Leaving Certificate Examination (including Day School Certificate (Higher) General paper), 1939
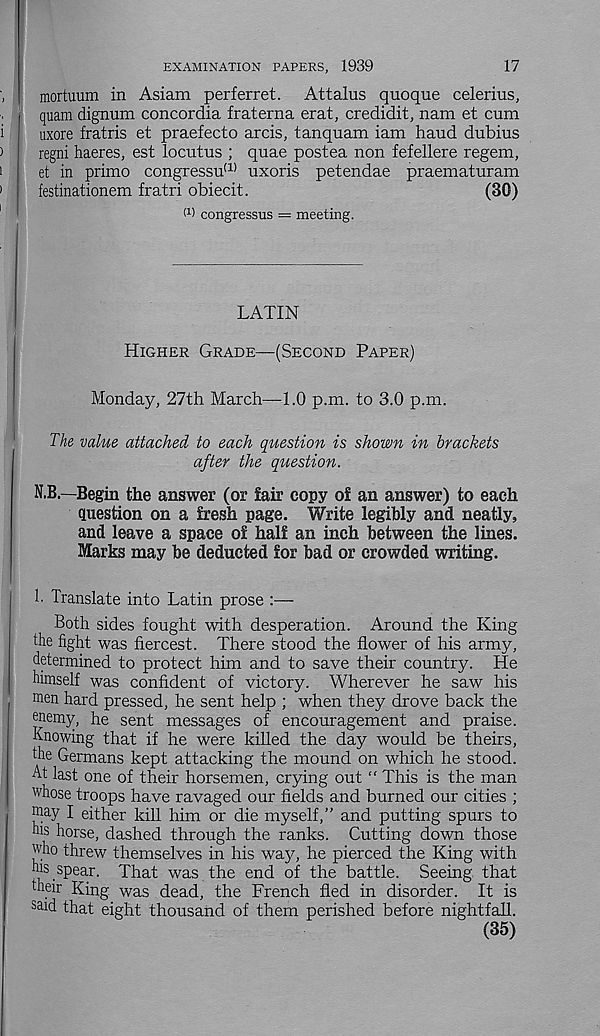
17
EXAMINATION PAPERS, 1939
mortuum in Asiam perferret. Attains quoque celerius,
quam dignum concordia fraterna erat, credidit, nam et cum
uxore fratris et praefecto arcis, tanquam iam hand dubius
regni haeres, est locutus ; quae postea non fefellere regem,
et in primo congressu (1) uxoris petendae praematuram
festinationem fratri obiecit.
(30)
I 1 ' congressus = meeting.
LATIN
HIGHER GRADE—(SECOND PAPER)
Monday, 27th March—1.0 p.m. to 3.0 p.m.
The value attached to each question is shown in brackets
after the question.
N.B.—Begin the answer (or fair copy of an answer) to each
question on a fresh page. Write legibly and neatly,
and leave a space of half an inch between the lines.
Marks may be deducted for bad or crowded writing.
1. Translate into Latin prose :—
Both sides fought with desperation. Around the King
the fight was fiercest. There stood the flower of his army,
determined to protect him and to save their country. He
himself was confident of victory. Wherever he saw his
men hard pressed, he sent help ; when they drove back the
enemy, he sent messages of encouragement and praise.
Knowing that if he were killed the day would be theirs,
the Germans kept attacking the mound on which he stood.
At last one of their horsemen, crying out “ This is the man
whose troops have ravaged our fields and burned our cities ;
m a y I either kill him or die myself,” and putting spurs to
his horse, dashed through the ranks. Cutting down those
who threw themselves in his way, he pierced the King with
jus spear. That was the end of the battle. Seeing that
their King was dead, the French fled in disorder. It is
said that eight thousand of them perished before nightfall.
(35)